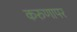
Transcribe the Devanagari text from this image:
करुणापर